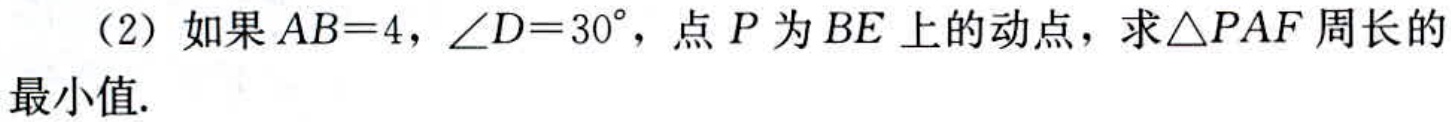
（2）如果\(AB = 4\)，\(\angle D = 30^{\circ}\)，点\(P\)为\(BE\)上的动点，求\(\triangle PAF\)周长的最小值.